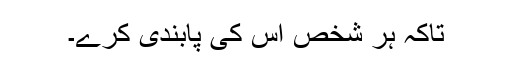
تاکہ ہر شخص اس کی پابندی کرے۔